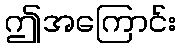
ဤအကြောင်း